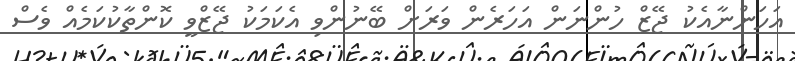
އަހަންނާއެކު ޖޭޒް ހުންނަން އަހަރެން ވަރަށް ބޭނުންވި އެކަމަކު ޖޭޒްވީ ކޮންތާކުކަމެއް ވެސް